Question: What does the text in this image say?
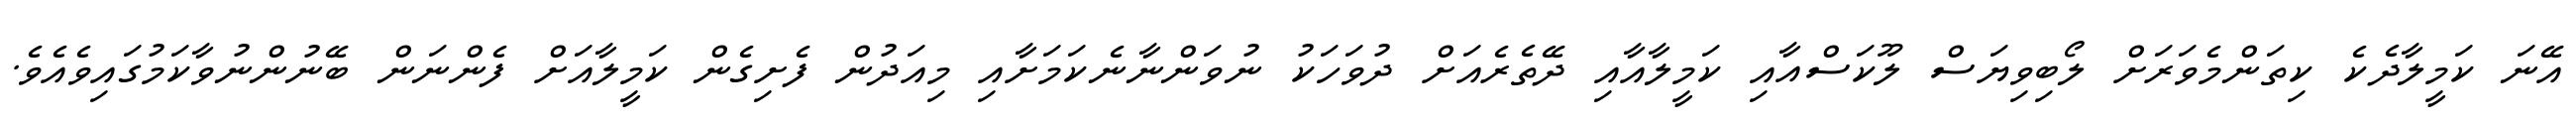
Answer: އޭނަ ކަމީލާދެކެ ކިތަންމެވަރަށް ލޯބިވިޔަސް ލޫކަސްއާއި ކަމީލާއާއި ދޭތެރެއަށް ދުވަހަކު ނުވަންނާނެކަމަށާއި މިއަދުން ފެށިގެން ކަމީލާއަށް ފެންނަން ބޭނުންނުވާކަމުގައިވެއެވެ.